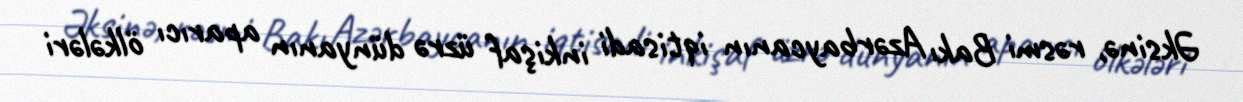
Əksinə, rəsmi Bakı Azərbaycanın iqtisadi inkişaf üzrə dünyanın aparıcı ölkələri